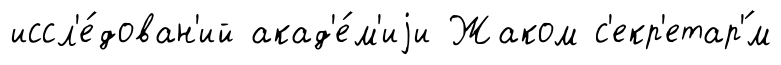
иссл'е́дован'ий акад'е́м'иjи Жаком с'екр'етар'́м